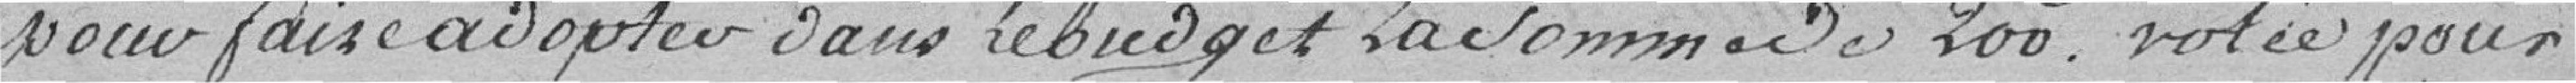
pour faire adopter dans le budget la somme de 200 frs votée pour